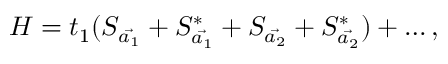
{ \cal H } = t _ { 1 } ( S _ { \vec { a _ { 1 } } } + S _ { \vec { a _ { 1 } } } ^ { * } + S _ { \vec { a _ { 2 } } } + S _ { \vec { a _ { 2 } } } ^ { * } ) + \ldots ,